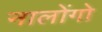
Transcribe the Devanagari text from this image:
नालोंगो